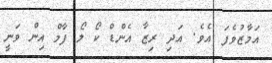
އަމާޒުވެފަ އެވެ. އަދި ރިޒާ އެންޑް ކޯ ލޯ ފާމް އިން ވަނީ